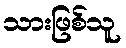
သားဖြစ်သူ